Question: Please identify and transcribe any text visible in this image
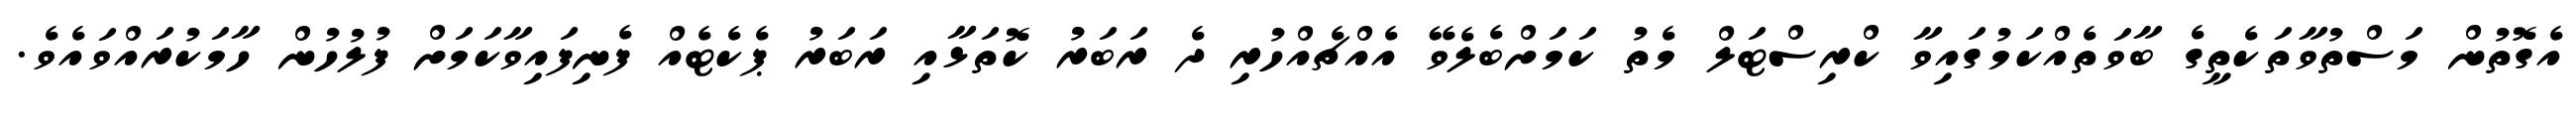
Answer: އެގޮތުން މަސްތުވާތަކެތީގެ ބާވަތެއްކަމުގައިވާ ކްރިސްޓަލް މެތު ކަމަށްބެލެވޭ އެއްޗެއްހުރި ދެ ރަބަރު ކޮތަޅާއި ރަބަރު ޕެކެޓެއް ފެނިފައިވާކަމަށް ފުލުހުން ހާމަކުރައްވައެވެ.